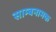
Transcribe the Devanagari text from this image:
साम्बनामक